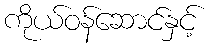
ကိုယ်ဝန်ဆောင်နှင့်